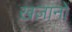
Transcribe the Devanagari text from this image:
ख़ज़ानों